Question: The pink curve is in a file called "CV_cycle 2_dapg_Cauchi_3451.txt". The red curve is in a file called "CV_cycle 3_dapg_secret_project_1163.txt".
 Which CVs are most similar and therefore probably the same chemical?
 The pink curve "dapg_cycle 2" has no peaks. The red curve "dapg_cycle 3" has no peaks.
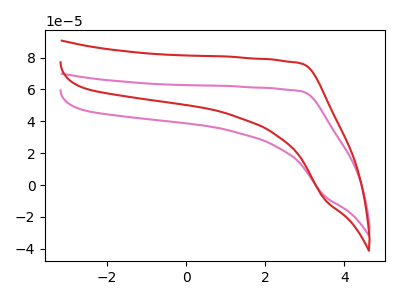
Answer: <think>Neither "dapg_cycle 2" or "dapg_cycle 3" have any peaks.
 </think>
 <answer>"dapg_cycle 2" and "dapg_cycle 3" have the same shape and are likely CV's of the same chemical.</answer>
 <eval>"dapg_cycle 2" "dapg_cycle 3"</eval>